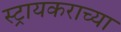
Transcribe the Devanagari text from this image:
स्ट्रायकराच्या